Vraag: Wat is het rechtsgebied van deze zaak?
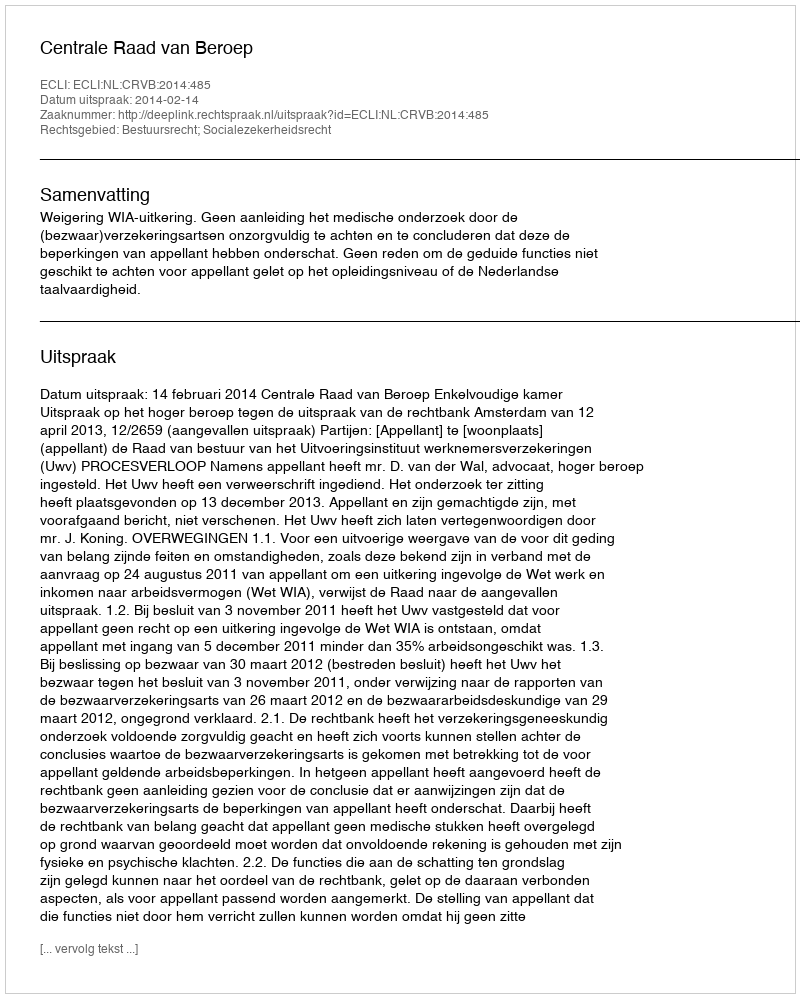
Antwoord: Bestuursrecht; Socialezekerheidsrecht